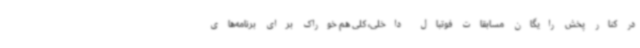
در کنار پخش رایگان مسابقات فوتبال داخلی، کلی هم خوراک برای برنامه‌های